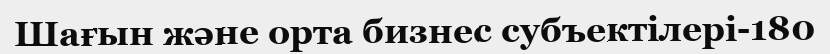
Шағын және орта бизнес субъектілері-180